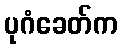
ပုဂံခေတ်က